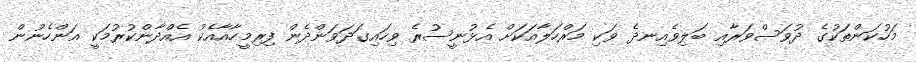
މަހުކަންތަކުގެ ދުވަސްވަރާއި ބަލިވެއިނދެ ވަކި މަރްހަލާއަކަށް އެޅުނީސުރެ ވިހައިގަދަވަންދެން ފިރިމީހާއާއެކު އެއްދާންކުރުމަކީ އަންހެނުން